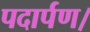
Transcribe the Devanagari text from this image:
पदार्पण।